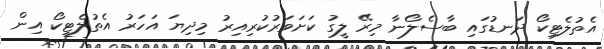
އެތުލެޓިކޯ ދަނޑުގައި ބާސެލޯނާ މިރޭ ލީގު ކަށަވަރުުކުރިއިރު މިދިޔަ އަހަރު އެތުލެޓިކޯ އިން